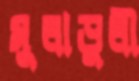
মুলাডুলী